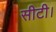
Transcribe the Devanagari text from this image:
सीटी।